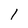
Character: 1